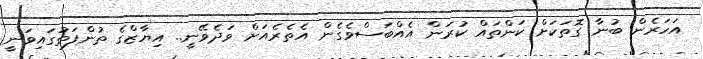
އަހަރެން ބުނާ ގޮތަކަށް ކަންތައް ކުރަން އެއްބަސްވެގެން އެތެރެއަށް ވަދެވޭނީ.. އިޔާޒްގެ ތުންފަތުގައިވަނީ